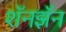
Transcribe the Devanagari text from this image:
शॅनझॅन